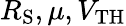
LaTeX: R_{\mathrm S},\mu,V_{\mathrm{TH}}